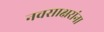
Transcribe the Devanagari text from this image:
नवसाक्षरांना